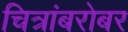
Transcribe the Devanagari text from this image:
चित्रांबरोबर